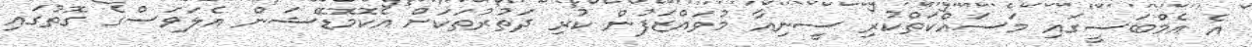
އެ އެމްބަސީގައި މަސައްކަތްކުރި ސީނިއާ މުވައްޒަފުން ކުރި ދަތުރުތަކަށް އެކޮމޮޑޭޝަން އެލަވަސްގެ ގޮތުގައި